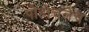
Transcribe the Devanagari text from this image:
पोहोचलेच